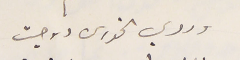
وردي الخورى زوجت